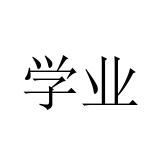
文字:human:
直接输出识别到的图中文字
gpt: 学业